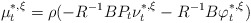
\begin{align*}\mu_t^{*,\xi}=\rho(-R^{-1}BP_t\nu_t^{*,\xi}-R^{-1}B\varphi_t^{*,\xi}) \end{align*}